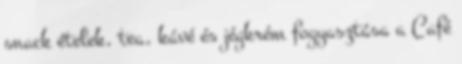
snack ételek, tea, kávé és jégkrém fogyasztása a Café